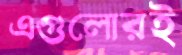
এগুলোরই